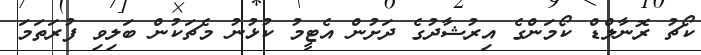
ކޯޗު ރޮނާލްޑް ކޯމަންގެ އިރުޝާދުގެ ދަށުން އެޓީމު ކުޅުނު މެޗަކުން ބަލިވި ފުރަތަމަ